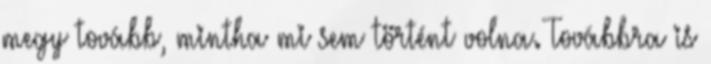
megy tovább, mintha mi sem történt volna. Továbbra is